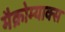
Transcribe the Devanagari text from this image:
मैक्रोम्याक्स